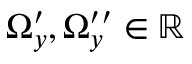
\Omega _ { y } ^ { \prime } , \Omega _ { y } ^ { \prime \prime } \in \mathbb { R }